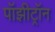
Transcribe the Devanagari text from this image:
पॉझीट्रॉन